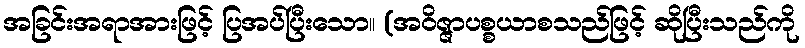
အခြင်းအရာအားဖြင့် ပြအပ်ပြီးသော။ (အဝိဇ္ဇာပစ္စယာစသည်ဖြင့် ဆိုပြီးသည်ကို